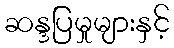
ဆန္ဒပြမှုများနှင့်